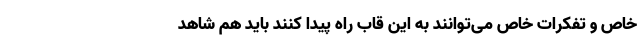
خاص و تفکرات خاص می‌توانند به این قاب راه پیدا کنند باید هم شاهد